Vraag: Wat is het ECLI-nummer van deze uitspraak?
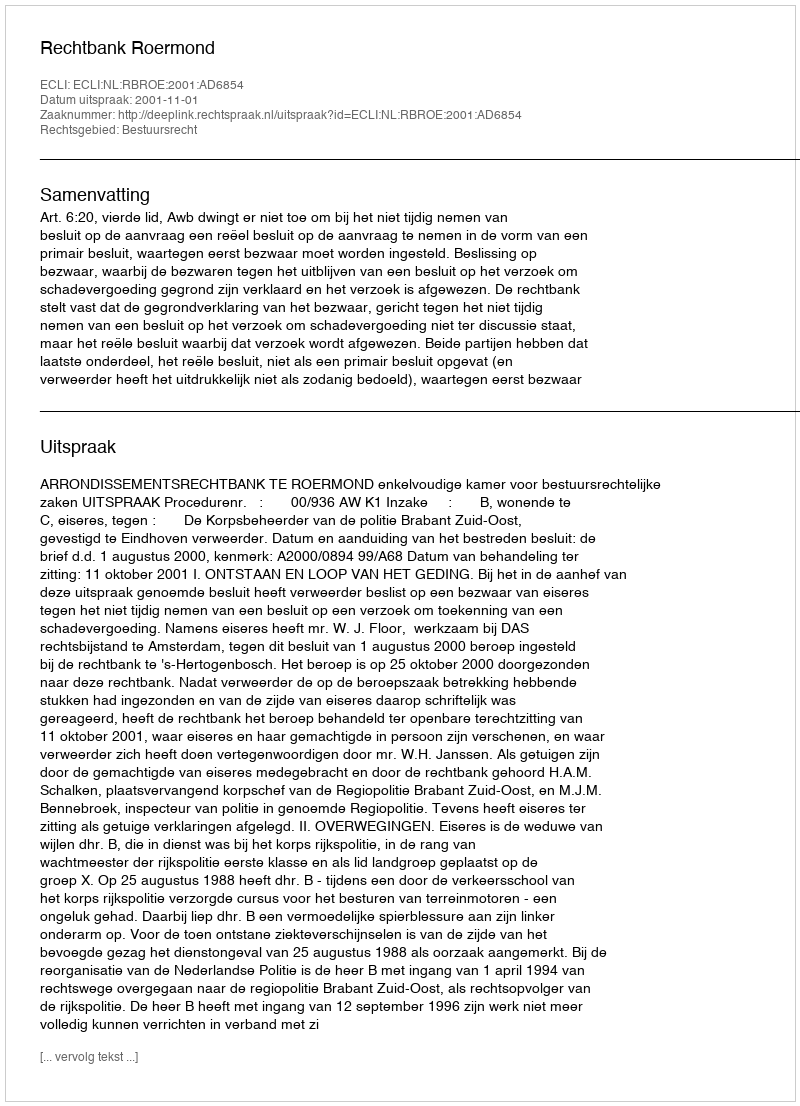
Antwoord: ECLI:NL:RBROE:2001:AD6854